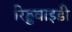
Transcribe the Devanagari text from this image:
रिड्डवाइडी